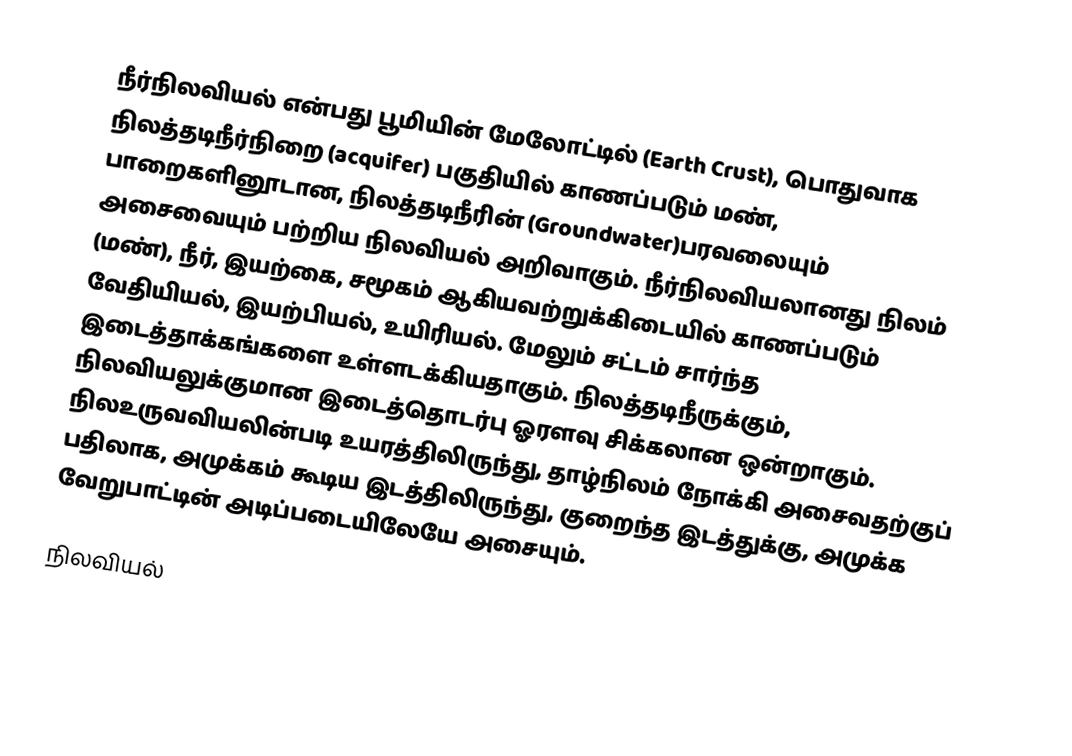
நீர்நிலவியல் என்பது பூமியின் மேலோட்டில் (Earth Crust), பொதுவாக நிலத்தடிநீர்நிறை (acquifer) பகுதியில் காணப்படும் மண், பாறைகளினூடான, நிலத்தடிநீரின் (Groundwater)பரவலையும் அசைவையும் பற்றிய நிலவியல் அறிவாகும். நீர்நிலவியலானது நிலம் (மண்), நீர், இயற்கை, சமூகம் ஆகியவற்றுக்கிடையில் காணப்படும் வேதியியல், இயற்பியல், உயிரியல். மேலும் சட்டம் சார்ந்த இடைத்தாக்கங்களை உள்ளடக்கியதாகும். நிலத்தடிநீருக்கும், நிலவியலுக்குமான இடைத்தொடர்பு ஓரளவு சிக்கலான ஒன்றாகும். நிலஉருவவியலின்படி உயரத்திலிருந்து, தாழ்நிலம் நோக்கி அசைவதற்குப் பதிலாக, அமுக்கம் கூடிய இடத்திலிருந்து, குறைந்த இடத்துக்கு, அமுக்க வேறுபாட்டின் அடிப்படையிலேயே அசையும்.

நிலவியல்